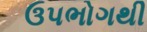
ઉપભોગથી